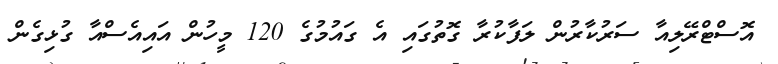
އޮސްޓްރޭލިއާ ސަރުކާރުން ލަފާކުރާ ގޮތުގައި އެ ގައުމުގެ 120 މީހުން އައިއެސްއާ ގުޅިގެން